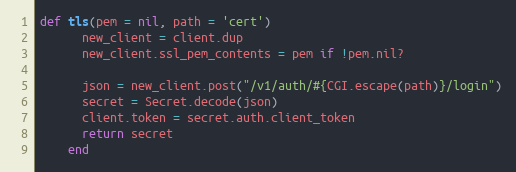
Language: Ruby
def tls(pem = nil, path = 'cert')
      new_client = client.dup
      new_client.ssl_pem_contents = pem if !pem.nil?

      json = new_client.post("/v1/auth/#{CGI.escape(path)}/login")
      secret = Secret.decode(json)
      client.token = secret.auth.client_token
      return secret
    end